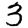
Digit: 3